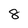
Character: 8